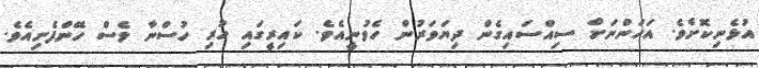
އުޅެނިކޮށެވެ. އަހަންނަށް ސިއްސައިގެން ދިޔަވަރުން ހެވުނީއެވެ. ކައިރީގައި ހުރި ހުސްނާ ވެސް ހޭންފެށިއެވެ.